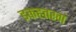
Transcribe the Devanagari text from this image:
इकहत्तरवां